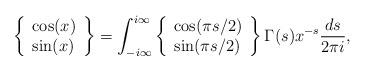
LaTeX: \begin{align*} \left\{\begin{array}{l} \cos(x) \\ \sin(x) \end{array} \right\} = \int_{-i\infty}^{i\infty} \left\{\begin{array}{l} \cos(\pi s/2 ) \\ \sin(\pi s/2) \end{array} \right\} \Gamma(s) x^{-s} \frac{ds}{2\pi i}, \end{align*}